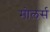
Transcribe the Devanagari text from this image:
मोलर्स